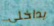
بداخلي